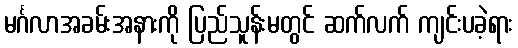
မင်္ဂလာအခမ်းအနားကို ပြည်သူန်းမတွင် ဆက်လက် ကျင်းပခဲ့ရား